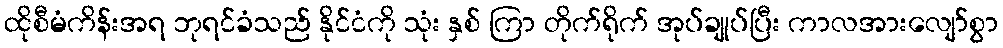
ထိုစီမံကိန်းအရ ဘုရင်ခံသည် နိုင်ငံကို သုံး နှစ် ကြာ တိုက်ရိုက် အုပ်ချုပ်ပြီး ကာလအားလျော်စွာ